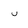
Character: U